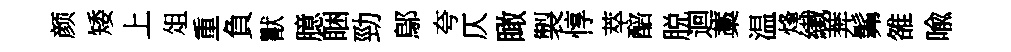
颜矮上俎重負獸臆睏勁鄔夸仄瞰製惇萃醅脱迴藁温烽纎莾髴雒喩